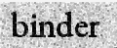
binder